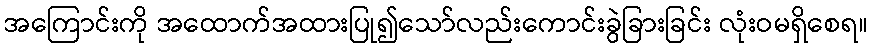
အကြောင်းကို အထောက်အထားပြု၍သော်လည်းကောင်းခွဲခြားခြင်း လုံးဝမရှိစေရ။